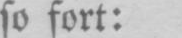
so fort: